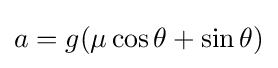
a=g(\mu \cos \theta +\sin \theta )